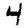
Digit: 4